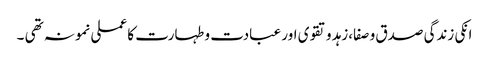
انکی زندگی صدق و صفا،زہد و تقوی اور عبادت و طہارت کا عملی نمونہ تھی ۔